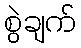
စွဲချက်